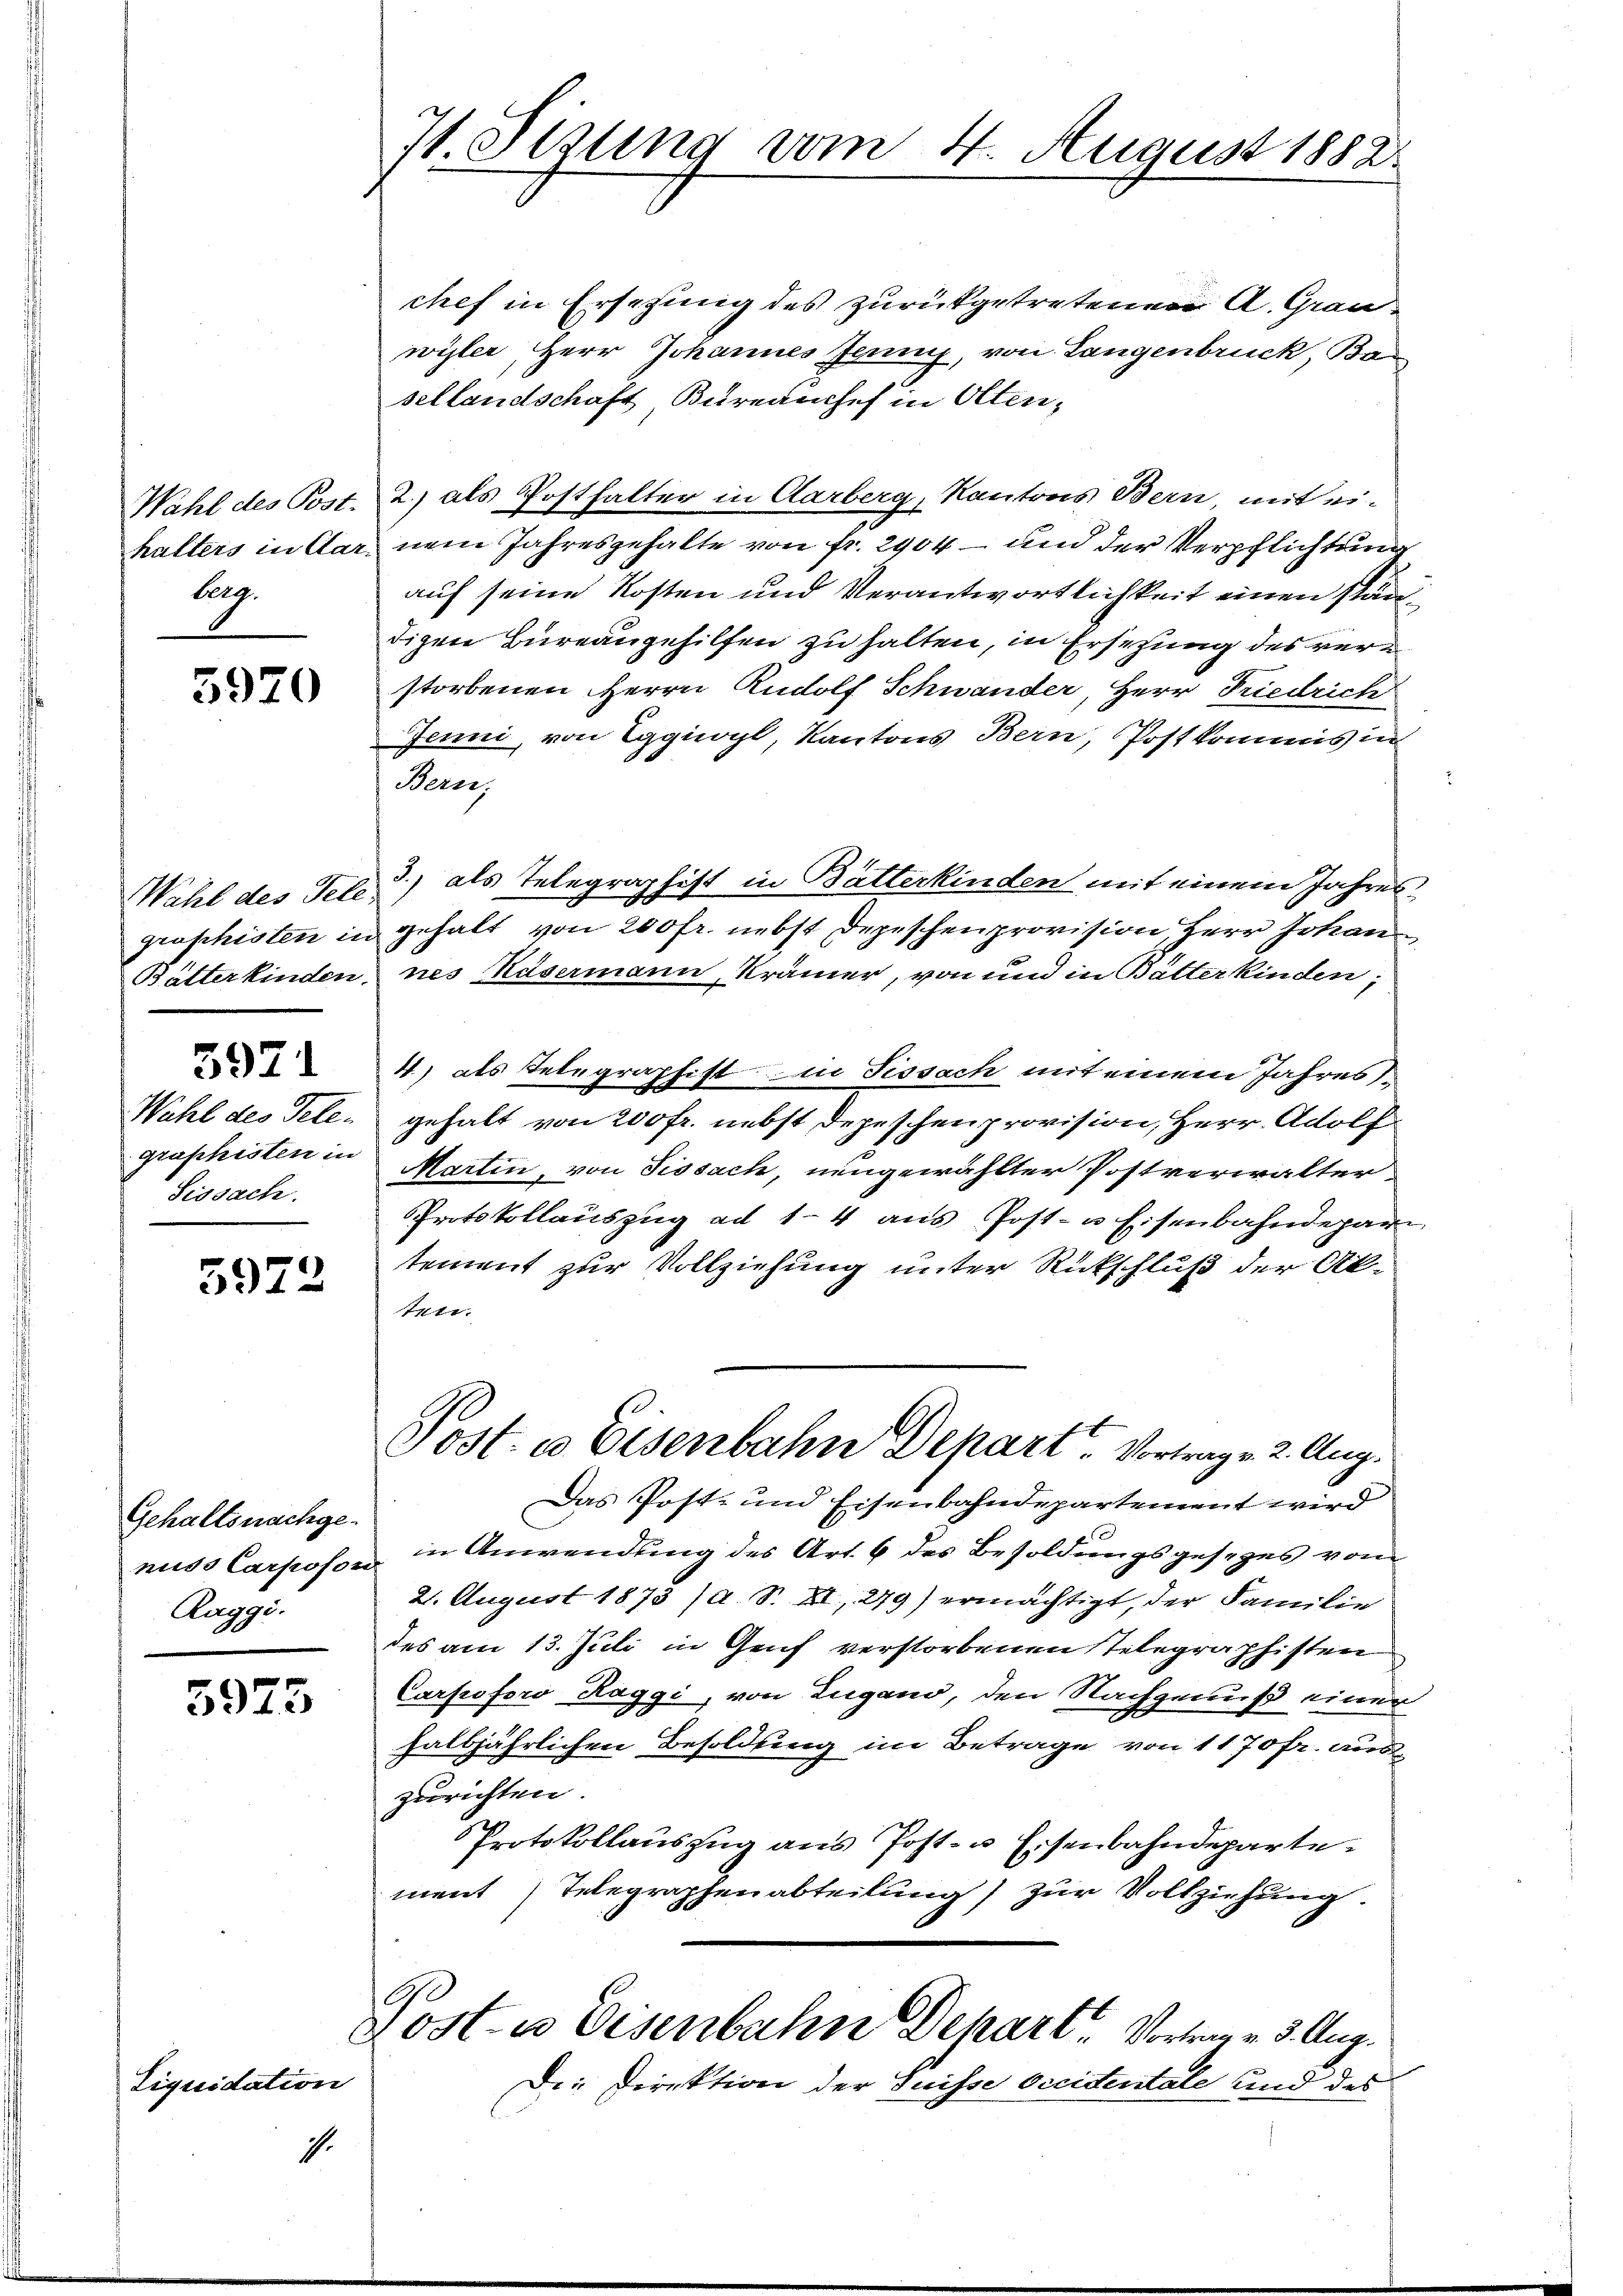
Wahl des Post.
halters in Car
lung.

5970

Wahl des Tele
groshisten in
Butterkinden.
3921
Wahl des Telegraphisten in
Sissach.

5972

Gehaltsnachgenuss Carpofor
Raggi.

5975

.

tiquidation

71. Stzung vom 4. August 1882.

chef in Ersetzung des zurückgetretenen A. Grauwyler, Herr Johannes Jenny, von Langenbruck, Ba
sellandschaft Bureauchef in Olten¬
2.) als Posthalter in Aarberg, Kantons Bern, mit einem Jahresgehalte von Fr. 2904 – und der Verpflichtung
auf seine Kosten und Verantwortlichkeit einen ständigen Büreaugehilfen zu halten, in Ersetzung des verstorbenen Herrn Rudolf Schwander, Herr Friedrich
Jenni, von Eggioyl, Kantons Bern, Postkommis in
Bern,
3.) als Telegraphist in Bätterkinden mit einem Jahresgehalt von 200 fr. nebst Depeschenprovision, Herr Johan
nes Kasermann, Krämer, von und in Batterkinden,
4) als Telegraphist in Fissach mit einem Jahres
gehalt von 200 fr. nebst Depeschen provision, Herr Adolf
Martin, von Sissach, neugewählter Postverwalter
Protokollauszug ad 14 aus Post- u Eisenbahndepar
tement zur Vollziehung unter Rückschluß der Ak-
ten.
Post. e Eisenbahn Depart. Vortrage 2. Aug.
Das Post- und Eisenbahndepartement wird
in Anwendung des Art. 6 des Besoldungsgesezes vom
2. August 1873 (A. S. XI, 279) ermächtigt, der Familie
des am 13. Juli in Genf verstorbenen Telegraphisten
Carpoforo Raggi, von Lugano, den Nachgenuß einer
halbjährlichen Besoldung im Betrage von 11 70fr. auszurichten.
Protokollauszug aus Post- u. Eisenbahndeparte
ment Telegraphenabteilung) zur Vollziehung.
Ge
Loste Eisenbahn Depart. Vortrage 3. Aug.
Die Direktion der Suisse Occidentale und des